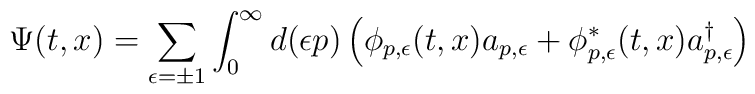
\Psi(t,x) = \sum_{\epsilon=\pm 1}\int_{0}^\infty d(\epsilon p)\left(\phi_{p,\epsilon}(t,x)a_{p,\epsilon} +\phi_{p,\epsilon}^\ast(t,x)a_{p,\epsilon}^{\dagger}\right)